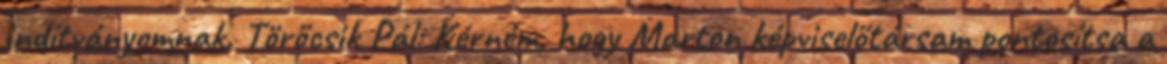
indítványomnak. Törőcsik Pál: Kérném, hogy Marton képviselőtársam pontosítsa a